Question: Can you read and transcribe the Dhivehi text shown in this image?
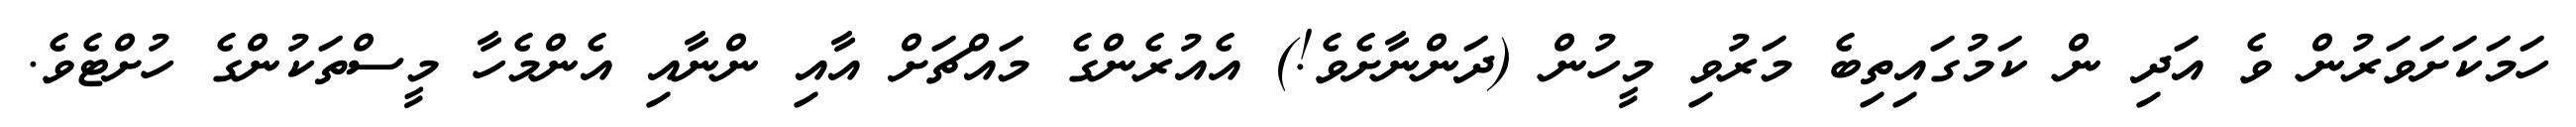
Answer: ހަމަކަށަވަރުން ވެ އަދި ން ކަމުގައިތިބެ މަރުވި މީހުން (ދަންނާށެވެ!) އެއުރެންގެ މައްޗަށް އާއި ންނާއި އެންމެހާ މީސްތަކުންގެ ހުށްޓެވެ.